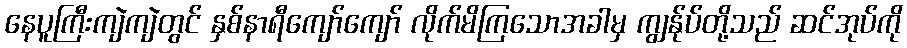
နေပူကြီးကျဲကျဲတွင် နှစ်နာရီကျော်ကျော် လိုက်မိကြသောအခါမှ ကျွန်ုပ်တို့သည် ဆင်အုပ်ကို